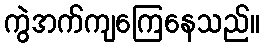
ကွဲအက်ကျကြေနေသည်။